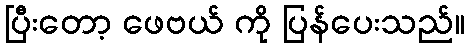
ပြီးတော့ ဖေဗယ် ကို ပြန်ပေးသည်။